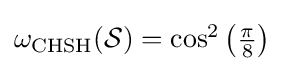
{\textstyle \omega _{\text{CHSH}}({\mathcal {S}})=\cos ^{2}\left({\frac {\pi }{8}}\right)}